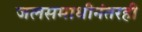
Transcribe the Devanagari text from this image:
जलसमाधीनंतरही